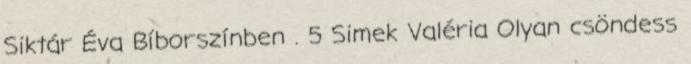
Siktár Éva Bíborszínben . 5 Simek Valéria Olyan csöndess